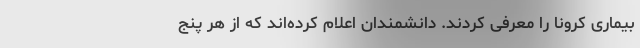
بیماری کرونا را معرفی کردند. دانشمندان اعلام کرده‌اند که از هر پنج